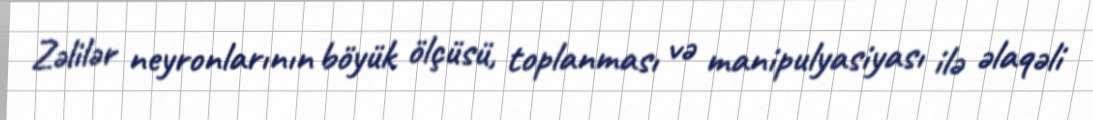
Zəlilər neyronlarının böyük ölçüsü, toplanması və manipulyasiyası ilə əlaqəli